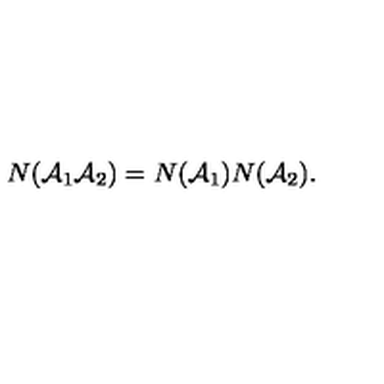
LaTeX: N ( { \cal A } _ { 1 } { \cal A } _ { 2 } ) = N ( { \cal A } _ { 1 } ) N ( { \cal A } _ { 2 } ) .